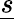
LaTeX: \underline{s}